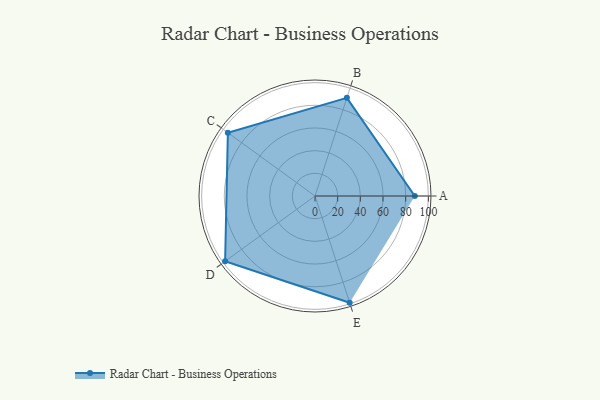
{"axis": {"x": "Skill", "y": "Score"}, "legend": ["Profile"], "data": [{"x": "A", "y": 88.0, "type": "Profile"}, {"x": "B", "y": 91.0, "type": "Profile"}, {"x": "C", "y": 95.0, "type": "Profile"}, {"x": "D", "y": 98.0, "type": "Profile"}, {"x": "E", "y": 99, "type": "Profile"}]}